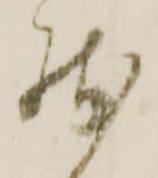
残